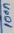
Text: 100n